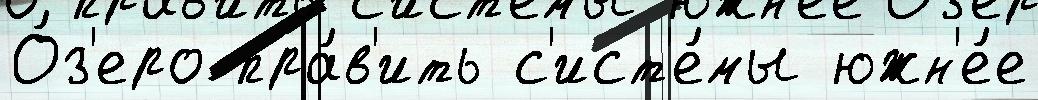
О́з'еро пра́в'ить с'ист'е́мы южн'е́е